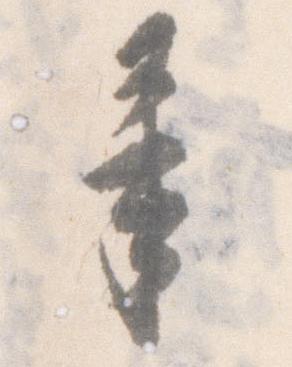
奉